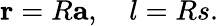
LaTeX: {\mathbf r}=R{\mathbf a},\quad l=Rs.